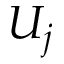
U _ { j }